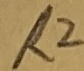
Text: R2